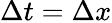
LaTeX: \Delta t=\Delta x